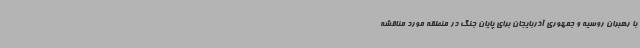
با رهبران روسیه و جمهوری آذربایجان برای پایان جنگ در منطقه مورد مناقشه